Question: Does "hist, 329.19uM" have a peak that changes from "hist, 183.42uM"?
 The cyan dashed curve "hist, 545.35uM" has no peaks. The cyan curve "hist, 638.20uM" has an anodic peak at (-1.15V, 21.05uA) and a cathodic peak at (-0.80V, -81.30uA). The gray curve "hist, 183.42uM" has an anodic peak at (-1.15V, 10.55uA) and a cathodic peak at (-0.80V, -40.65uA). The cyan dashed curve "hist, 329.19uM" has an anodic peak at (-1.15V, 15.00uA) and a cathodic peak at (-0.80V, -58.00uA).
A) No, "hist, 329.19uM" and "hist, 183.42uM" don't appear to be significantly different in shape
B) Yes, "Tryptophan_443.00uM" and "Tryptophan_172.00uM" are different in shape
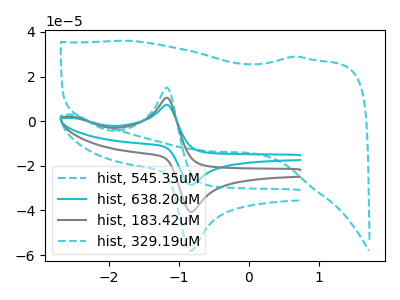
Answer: <think>All the peaks in "hist, 329.19uM" have a peak in "hist, 183.42uM" at the same potential. Every peak in "hist, 329.19uM" is higher than every peak in "hist, 183.42uM".
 </think>
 <answer>A) No, "hist, 329.19uM" and "hist, 183.42uM" don't appear to be significantly different in shape</answer>
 <eval>A</eval>